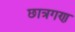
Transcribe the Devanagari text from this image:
छात्रगण